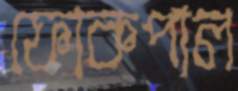
ফোকপাল